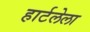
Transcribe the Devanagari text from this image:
हार्टलेला